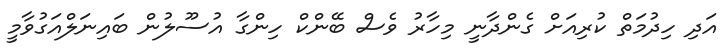
އަދި ހިދުމަތް ކުރިއަށް ގެންދާނީ މިހާރު ވެސް ބޭންކް ހިންގާ އުސޫލުން ބައިނަލްއަގުވާމީ